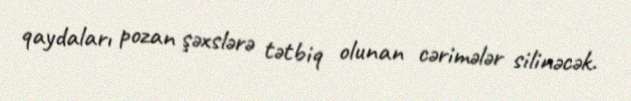
qaydaları pozan şəxslərə tətbiq olunan cərimələr silinəcək.